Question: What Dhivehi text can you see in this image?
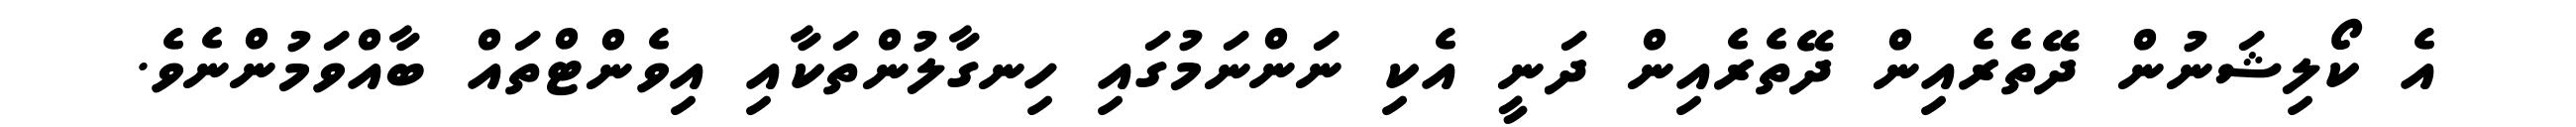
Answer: އެ ކޯލިޝަނުން ދޭތެރެއިން ދޭތެރެއިން ދަނީ އެކި ނަންނަމުގައި ހިނގާލުންތަކާއި އިވެންޓްތައް ބާއްވަމުންނެވެ.